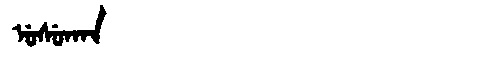
Manchu: ᡠᠰᡠᡴᠠᠨ
Romanization: USUKAN